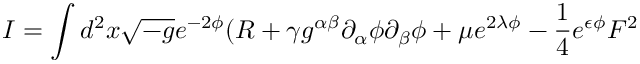
I = \int d ^ { 2 } x \sqrt { - g } e ^ { - 2 \phi } ( R + \gamma g ^ { \alpha \beta } \partial _ { \alpha } \phi \partial _ { \beta } { \phi } + \mu e ^ { 2 \lambda \phi } - \frac { 1 } { 4 } e ^ { \epsilon \phi } F ^ { 2 }